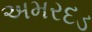
અમરદડ